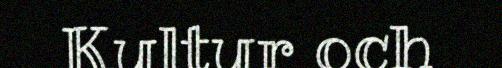
Kultur och